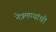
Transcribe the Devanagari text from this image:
नेत्रमण्यांची